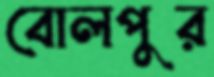
বোলপুর